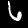
Label: 6